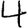
Digit: 4